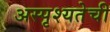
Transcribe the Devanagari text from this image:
अस्पृश्‍यतेची